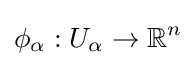
\phi _{\alpha }:U_{\alpha }\to \mathbb {R} ^{n}